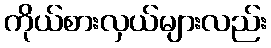
ကိုယ်စားလှယ်များလည်း